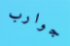
جوارب